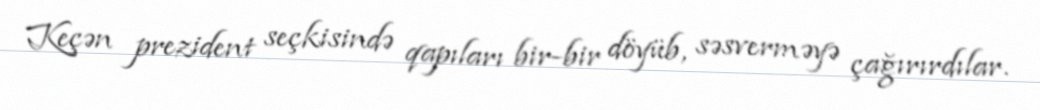
Keçən prezident seçkisində qapıları bir-bir döyüb, səsverməyə çağırırdılar.